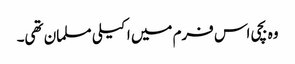
وہ بچی اس فرم میں اکیلی مسلمان تھی۔